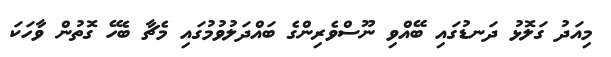
މިއަދު ގަލޮޅު ދަނޑުގައި ބޭއްވި ނޫސްވެރިންގެ ބައްދަލުވުމުގައި މެޗާ ބެހޭ ގޮތުން ވާހަކަ